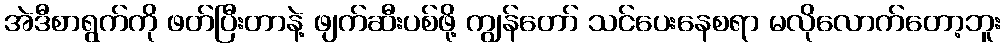
အဲဒီစာရွက်ကို ဖတ်ပြီးတာနဲ့ ဖျက်ဆီးပစ်ဖို့ ကျွန်တော် သင်ပေးနေစရာ မလိုလောက်တော့ဘူး